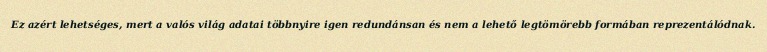
Ez azért lehetséges, mert a valós világ adatai többnyire igen redundánsan és nem a lehető legtömörebb formában reprezentálódnak.